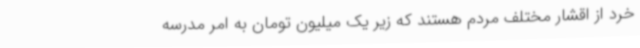
خرد از اقشار مختلف مردم هستند که زیر یک میلیون تومان به امر مدرسه